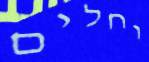
וחלים